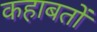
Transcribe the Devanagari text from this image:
कहाबतों